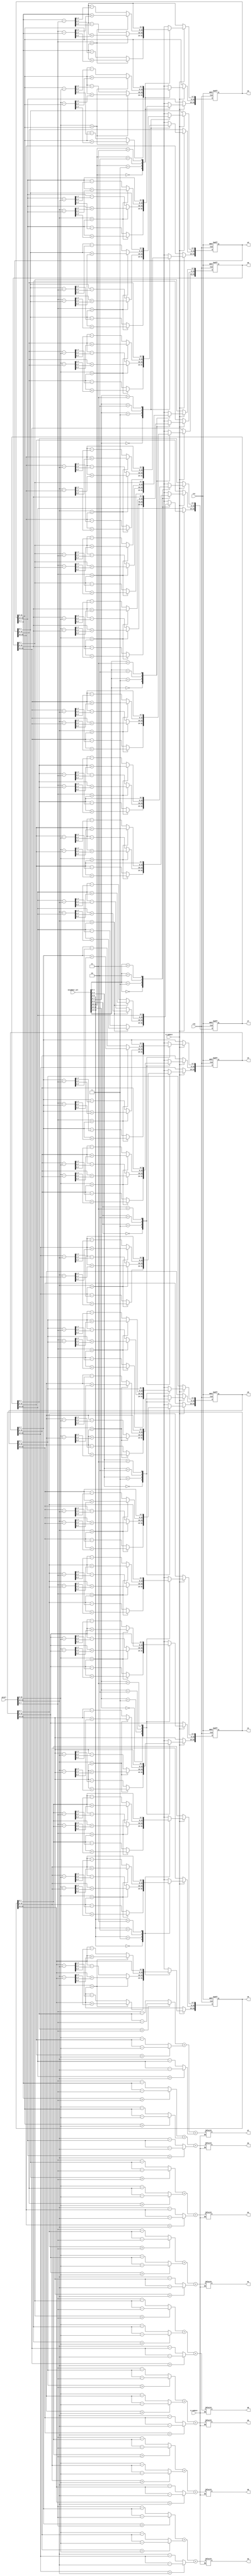
/////////////////////////////////////////////////////////////////////
// ---------------------- IVCAD 2022 Spring ---------------------- //
// ---------------------- Version : v.1.10  ---------------------- //
// ---------------------- Date : 2022.04.13 ---------------------- //
// ------------------------ VEP module --------------------------//
// ----------------- Feb. 2022 Willie authored --------------------//
/////////////////////////////////////////////////////////////////////

module VEP(clk, rst, W_update, D_update, neighbor_sel, pixel,
				d0, d1, d2, d3, d4, d5, d6, d7, w0, w1, w2, w3, w4, w5, w6, w7);

// ---------------------- input  ---------------------- //
	input clk; 
	input rst; 
	input W_update;
	input D_update;
	input [15:0] neighbor_sel; 
	input [23:0] pixel; 
	
// ---------------------- output  ---------------------- //
	output reg [10:0] d0;
	output reg [10:0] d1;
	output reg [10:0] d2;
	output reg [10:0] d3;
	output reg [10:0] d4;
	output reg [10:0] d5;
	output reg [10:0] d6;
	output reg [10:0] d7;
	output reg [23:0] w0;
	output reg [23:0] w1;
	output reg [23:0] w2;
	output reg [23:0] w3;
	output reg [23:0] w4;
	output reg [23:0] w5;
	output reg [23:0] w6;
	output reg [23:0] w7;
	
// ---------------------- Write down Your design below  ---------------------- //
reg [8:0] temp0,temp1,temp2,temp3,temp4,temp5,temp6,temp7,temp8,temp9,temp10,temp11,temp12,temp13,temp14,temp15,temp16,temp17,temp18,temp19,temp20,temp21,temp22,temp23;

always@(posedge clk or posedge rst)begin

	if(rst)begin
		w0 <= {8'd125, 8'd125, 8'd125};
		w1 <= {8'd125, 8'd125, 8'd125};
		w2 <= {8'd125, 8'd125, 8'd125};
		w3 <= {8'd125, 8'd125, 8'd125};
		w4 <= {8'd125, 8'd125, 8'd125};
		w5 <= {8'd125, 8'd125, 8'd125};
		w6 <= {8'd125, 8'd125, 8'd125};
		w7 <= {8'd125, 8'd125, 8'd125};
	end

    else begin
	    if(W_update) begin
			case(neighbor_sel[15:14]) //w0-pixel or pixel-wo wpixel
				2'b00 : begin 
					w0[7:0]   <= (pixel[7:0]  > w0[7:0])   ?  w0[7:0]   + ((pixel[7:0]-w0[7:0])  >> 2 )     :  w0[7:0] -  ((w0[7:0]-pixel[7:0])  >> 2);
					w0[15:8]  <= (pixel[15:8] > w0[15:8])  ?  w0[15:8]  + ((pixel[15:8]-w0[15:8])  >> 2 )   :  w0[15:8] - ((w0[15:8]-pixel[15:8])  >> 2);
					w0[23:16] <= (pixel[23:16] > w0[23:16])?  w0[23:16] + ((pixel[23:16]-w0[23:16])  >> 2 ) :  w0[23:16] - ((w0[23:16]-pixel[23:16])  >> 2);
				end
				2'b01 : begin 
					w0[7:0]   <= (pixel[7:0]  > w0[7:0])   ?  w0[7:0]   + ((pixel[7:0]-w0[7:0])  >> 4 )     :  w0[7:0] -  ((w0[7:0]-pixel[7:0])  >> 4);
					w0[15:8]  <= (pixel[15:8] > w0[15:8])  ?  w0[15:8]  + ((pixel[15:8]-w0[15:8])  >> 4 )   :  w0[15:8] - ((w0[15:8]-pixel[15:8])  >> 4);
					w0[23:16] <= (pixel[23:16] > w0[23:16])?  w0[23:16] + ((pixel[23:16]-w0[23:16])  >> 4 ) :  w0[23:16] - ((w0[23:16]-pixel[23:16])  >> 4);
				end
				2'b10 : begin 
					w0[7:0]   <= (pixel[7:0]  > w0[7:0])   ?  w0[7:0]   + ((pixel[7:0]-w0[7:0])  >> 5 )     :  w0[7:0] -  ((w0[7:0]-pixel[7:0])  >> 5);
					w0[15:8]  <= (pixel[15:8] > w0[15:8])  ?  w0[15:8]  + ((pixel[15:8]-w0[15:8])  >> 5)    :  w0[15:8] - ((w0[15:8]-pixel[15:8])  >> 5);
					w0[23:16] <= (pixel[23:16] > w0[23:16])?  w0[23:16] + ((pixel[23:16]-w0[23:16])  >> 5 ) :  w0[23:16] - ((w0[23:16]-pixel[23:16])  >> 5);
				end
				2'b11 : w0 <= w0 ;
			endcase
			case(neighbor_sel[13:12]) //signed or unsigned
				2'b00 : begin 
					w1[7:0]   <= (pixel[7:0]  > w1[7:0])   ?  w1[7:0]   + ((pixel[7:0]-w1[7:0])  >> 2 )     :  w1[7:0] -  ((w1[7:0]-pixel[7:0])  >> 2);
					w1[15:8]  <= (pixel[15:8] > w1[15:8])  ?  w1[15:8]  + ((pixel[15:8]-w1[15:8])  >> 2 )   :  w1[15:8] - ((w1[15:8]-pixel[15:8])  >> 2);
					w1[23:16] <= (pixel[23:16] > w1[23:16])?  w1[23:16] + ((pixel[23:16]-w1[23:16])  >> 2 ) :  w1[23:16] - ((w1[23:16]-pixel[23:16])  >> 2);
				end
				2'b01 : begin 
					w1[7:0]   <= (pixel[7:0]  > w1[7:0])   ?  w1[7:0]   + ((pixel[7:0]-w1[7:0])  >> 4 )     :  w1[7:0] -  ((w1[7:0]-pixel[7:0])  >> 4);
					w1[15:8]  <= (pixel[15:8] > w1[15:8])  ?  w1[15:8]  + ((pixel[15:8]-w1[15:8])  >> 4 )   :  w1[15:8] - ((w1[15:8]-pixel[15:8])  >> 4);
					w1[23:16] <= (pixel[23:16] > w1[23:16])?  w1[23:16] + ((pixel[23:16]-w1[23:16])  >> 4 ) :  w1[23:16] - ((w1[23:16]-pixel[23:16])  >> 4);
				end
				2'b10 : begin 
					w1[7:0]   <= (pixel[7:0]  > w1[7:0])   ?  w1[7:0]   + ((pixel[7:0]-w1[7:0])  >> 5 )     :  w1[7:0] -  ((w1[7:0]-pixel[7:0])  >> 5);
					w1[15:8]  <= (pixel[15:8] > w1[15:8])  ?  w1[15:8]  + ((pixel[15:8]-w1[15:8])  >> 5 )   :  w1[15:8] - ((w1[15:8]-pixel[15:8])  >> 5);
					w1[23:16] <= (pixel[23:16] > w1[23:16])?  w1[23:16] + ((pixel[23:16]-w1[23:16])  >> 5 ) :  w1[23:16] - ((w1[23:16]-pixel[23:16])  >> 5);
				end
				2'b11 : w1 <= w1 ;
			endcase
			case(neighbor_sel[11:10]) //signed or unsigned
				2'b00 : begin 
					w2[7:0]   <= (pixel[7:0]  > w2[7:0])   ?  w2[7:0]   + ((pixel[7:0]-w2[7:0])  >> 2 )     :  w2[7:0] -  ((w2[7:0]-pixel[7:0])  >> 2);
					w2[15:8]  <= (pixel[15:8] > w2[15:8])  ?  w2[15:8]  + ((pixel[15:8]-w2[15:8])  >> 2 )   :  w2[15:8] - ((w2[15:8]-pixel[15:8])  >> 2);
					w2[23:16] <= (pixel[23:16] > w2[23:16])?  w2[23:16] + ((pixel[23:16]-w2[23:16])  >> 2 ) :  w2[23:16] - ((w2[23:16]-pixel[23:16])  >> 2);
				end
				2'b01 : begin 
					w2[7:0]   <= (pixel[7:0]  > w2[7:0])   ?  w2[7:0]   + ((pixel[7:0]-w2[7:0])  >> 4 )     :  w2[7:0] -  ((w2[7:0]-pixel[7:0])  >> 4);
					w2[15:8]  <= (pixel[15:8] > w2[15:8])  ?  w2[15:8]  + ((pixel[15:8]-w2[15:8])  >> 4 )   :  w2[15:8] - ((w2[15:8]-pixel[15:8])  >> 4);
					w2[23:16] <= (pixel[23:16] > w2[23:16])?  w2[23:16] + ((pixel[23:16]-w2[23:16])  >> 4 ) :  w2[23:16] - ((w2[23:16]-pixel[23:16])  >> 4);
				end
				2'b10 : begin 
					w2[7:0]   <= (pixel[7:0]  > w2[7:0])   ?  w2[7:0]   + ((pixel[7:0]-w2[7:0])  >> 5 )     :  w2[7:0] -  ((w2[7:0]-pixel[7:0])  >> 5);
					w2[15:8]  <= (pixel[15:8] > w2[15:8])  ?  w2[15:8]  + ((pixel[15:8]-w2[15:8])  >> 5 )   :  w2[15:8] - ((w2[15:8]-pixel[15:8])  >> 5);
					w2[23:16] <= (pixel[23:16] > w2[23:16])?  w2[23:16] + ((pixel[23:16]-w2[23:16])  >> 5 ) :  w2[23:16] - ((w2[23:16]-pixel[23:16])  >> 5);
				end
				2'b11 : w2 <= w2 ;
			endcase
			case(neighbor_sel[9:8]) //signed or unsigned
				2'b00 : begin 
					w3[7:0]   <= (pixel[7:0]  > w3[7:0])   ?  w3[7:0]   + ((pixel[7:0]-w3[7:0])  >> 2 )     :  w3[7:0] -  ((w3[7:0]-pixel[7:0])  >> 2);
					w3[15:8]  <= (pixel[15:8] > w3[15:8])  ?  w3[15:8]  + ((pixel[15:8]-w3[15:8])  >> 2 )   :  w3[15:8] - ((w3[15:8]-pixel[15:8])  >> 2);
					w3[23:16] <= (pixel[23:16] > w3[23:16])?  w3[23:16] + ((pixel[23:16]-w3[23:16])  >> 2 ) :  w3[23:16] - ((w3[23:16]-pixel[23:16])  >> 2);
				end
				2'b01 : begin 
					w3[7:0]   <= (pixel[7:0]  > w3[7:0])   ?  w3[7:0]   + ((pixel[7:0]-w3[7:0])  >> 4 )     :  w3[7:0] -  ((w3[7:0]-pixel[7:0])  >> 4);
					w3[15:8]  <= (pixel[15:8] > w3[15:8])  ?  w3[15:8]  + ((pixel[15:8]-w3[15:8])  >> 4 )   :  w3[15:8] - ((w3[15:8]-pixel[15:8])  >> 4);
					w3[23:16] <= (pixel[23:16] > w3[23:16])?  w3[23:16] + ((pixel[23:16]-w3[23:16])  >> 4 ) :  w3[23:16] - ((w3[23:16]-pixel[23:16])  >> 4);
				end
				2'b10 : begin 
					w3[7:0]   <= (pixel[7:0]  > w3[7:0])   ?  w3[7:0]   + ((pixel[7:0]-w3[7:0])  >> 5 )     :  w3[7:0] -  ((w3[7:0]-pixel[7:0])  >> 5);
					w3[15:8]  <= (pixel[15:8] > w3[15:8])  ?  w3[15:8]  + ((pixel[15:8]-w3[15:8])  >> 5 )   :  w3[15:8] - ((w3[15:8]-pixel[15:8])  >> 5);
					w3[23:16] <= (pixel[23:16] > w3[23:16])?  w3[23:16] + ((pixel[23:16]-w3[23:16])  >> 5 ) :  w3[23:16] - ((w3[23:16]-pixel[23:16])  >> 5);
				end
				2'b11 : w3 <= w3 ;
			endcase
			case(neighbor_sel[7:6]) //signed or unsigned
				2'b00 : begin 
					w4[7:0]   <= (pixel[7:0]  > w4[7:0])   ?  w4[7:0]   + ((pixel[7:0]-w4[7:0])  >> 2 )     :  w4[7:0] -  ((w4[7:0]-pixel[7:0])  >> 2);
					w4[15:8]  <= (pixel[15:8] > w4[15:8])  ?  w4[15:8]  + ((pixel[15:8]-w4[15:8])  >> 2 )   :  w4[15:8] - ((w4[15:8]-pixel[15:8])  >> 2);
					w4[23:16] <= (pixel[23:16] > w4[23:16])?  w4[23:16] + ((pixel[23:16]-w4[23:16])  >> 2 ) :  w4[23:16] - ((w4[23:16]-pixel[23:16])  >> 2);
				end
				2'b01 : begin 
					w4[7:0]   <= (pixel[7:0]  > w4[7:0])   ?  w4[7:0]   + ((pixel[7:0]-w4[7:0])  >> 4 )     :  w4[7:0] -  ((w4[7:0]-pixel[7:0])  >> 4);
					w4[15:8]  <= (pixel[15:8] > w4[15:8])  ?  w4[15:8]  + ((pixel[15:8]-w4[15:8])  >> 4 )   :  w4[15:8] - ((w4[15:8]-pixel[15:8])  >> 4);
					w4[23:16] <= (pixel[23:16] > w4[23:16])?  w4[23:16] + ((pixel[23:16]-w4[23:16])  >> 4 ) :  w4[23:16] - ((w4[23:16]-pixel[23:16])  >> 4);
				end
				2'b10 : begin 
					w4[7:0]   <= (pixel[7:0]  > w4[7:0])   ?  w4[7:0]   + ((pixel[7:0]-w4[7:0])  >> 5 )     :  w4[7:0] -  ((w4[7:0]-pixel[7:0])  >> 5);
					w4[15:8]  <= (pixel[15:8] > w4[15:8])  ?  w4[15:8]  + ((pixel[15:8]-w4[15:8])  >> 5 )   :  w4[15:8] - ((w4[15:8]-pixel[15:8])  >> 5);
					w4[23:16] <= (pixel[23:16] > w4[23:16])?  w4[23:16] + ((pixel[23:16]-w4[23:16])  >> 5 ) :  w4[23:16] - ((w4[23:16]-pixel[23:16])  >> 5);
				end
				2'b11 : w4 <= w4 ;
			endcase
			case(neighbor_sel[5:4]) //signed or unsigned
				2'b00 : begin 
					w5[7:0]   <= (pixel[7:0]  > w5[7:0])   ?  w5[7:0]   + ((pixel[7:0]-w5[7:0])  >> 2 )     :  w5[7:0] -  ((w5[7:0]-pixel[7:0])  >> 2);
					w5[15:8]  <= (pixel[15:8] > w5[15:8])  ?  w5[15:8]  + ((pixel[15:8]-w5[15:8])  >> 2 )   :  w5[15:8] - ((w5[15:8]-pixel[15:8])  >> 2);
					w5[23:16] <= (pixel[23:16] > w5[23:16])?  w5[23:16] + ((pixel[23:16]-w5[23:16])  >> 2 ) :  w5[23:16] - ((w5[23:16]-pixel[23:16])  >> 2);
				end
				2'b01 : begin 
					w5[7:0]   <= (pixel[7:0]  > w5[7:0])   ?  w5[7:0]   + ((pixel[7:0]-w5[7:0])  >> 4 )     :  w5[7:0] -  ((w5[7:0]-pixel[7:0])  >> 4);
					w5[15:8]  <= (pixel[15:8] > w5[15:8])  ?  w5[15:8]  + ((pixel[15:8]-w5[15:8])  >> 4 )   :  w5[15:8] - ((w5[15:8]-pixel[15:8])  >> 4);
					w5[23:16] <= (pixel[23:16] > w5[23:16])?  w5[23:16] + ((pixel[23:16]-w5[23:16])  >> 4 ) :  w5[23:16] - ((w5[23:16]-pixel[23:16])  >> 4);
				end
				2'b10 : begin 
					w5[7:0]   <= (pixel[7:0]  > w5[7:0])   ?  w5[7:0]   + ((pixel[7:0]-w5[7:0])  >> 5 )     :  w5[7:0] -  ((w5[7:0]-pixel[7:0])  >> 5);
					w5[15:8]  <= (pixel[15:8] > w5[15:8])  ?  w5[15:8]  + ((pixel[15:8]-w5[15:8])  >> 5 )   :  w5[15:8] - ((w5[15:8]-pixel[15:8])  >> 5);
					w5[23:16] <= (pixel[23:16] > w5[23:16])?  w5[23:16] + ((pixel[23:16]-w5[23:16])  >> 5 ) :  w5[23:16] - ((w5[23:16]-pixel[23:16])  >> 5);
				end
				2'b11 : w5 <= w5 ;
			endcase
			case(neighbor_sel[3:2]) //signed or unsigned
				2'b00 : begin 
					w6[7:0]   <= (pixel[7:0]  > w6[7:0])   ?  w6[7:0]   + ((pixel[7:0]-w6[7:0])  >> 2 )     :  w6[7:0] -  ((w6[7:0]-pixel[7:0])  >> 2);
					w6[15:8]  <= (pixel[15:8] > w6[15:8])  ?  w6[15:8]  + ((pixel[15:8]-w6[15:8])  >> 2 )   :  w6[15:8] - ((w6[15:8]-pixel[15:8])  >> 2);
					w6[23:16] <= (pixel[23:16] > w6[23:16])?  w6[23:16] + ((pixel[23:16]-w6[23:16])  >> 2 ) :  w6[23:16] - ((w6[23:16]-pixel[23:16])  >> 2);
				end
				2'b01 : begin 
					w6[7:0]   <= (pixel[7:0]  > w6[7:0])   ?  w6[7:0]   + ((pixel[7:0]-w6[7:0])  >> 4 )     :  w6[7:0] -  ((w6[7:0]-pixel[7:0])  >> 4);
					w6[15:8]  <= (pixel[15:8] > w6[15:8])  ?  w6[15:8]  + ((pixel[15:8]-w6[15:8])  >> 4 )   :  w6[15:8] - ((w6[15:8]-pixel[15:8])  >> 4);
					w6[23:16] <= (pixel[23:16] > w6[23:16])?  w6[23:16] + ((pixel[23:16]-w6[23:16])  >> 4 ) :  w6[23:16] - ((w6[23:16]-pixel[23:16])  >> 4);
				end
				2'b10 : begin 
					w6[7:0]   <= (pixel[7:0]  > w6[7:0])   ?  w6[7:0]   + ((pixel[7:0]-w6[7:0])  >> 5 )     :  w6[7:0] -  ((w6[7:0]-pixel[7:0])  >> 5);
					w6[15:8]  <= (pixel[15:8] > w6[15:8])  ?  w6[15:8]  + ((pixel[15:8]-w6[15:8])  >> 5 )   :  w6[15:8] - ((w6[15:8]-pixel[15:8])  >> 5);
					w6[23:16] <= (pixel[23:16] > w6[23:16])?  w6[23:16] + ((pixel[23:16]-w6[23:16])  >> 5 ) :  w6[23:16] - ((w6[23:16]-pixel[23:16])  >> 5);
				end
				2'b11 : w6 <= w6 ;
			endcase
			case(neighbor_sel[1:0]) //signed or unsigned
				2'b00 : begin 
					w7[7:0]   <= (pixel[7:0]  > w7[7:0])   ?  w7[7:0]   + ((pixel[7:0]-w7[7:0])  >> 2 )     :  w7[7:0] -  ((w7[7:0]-pixel[7:0])  >> 2);
					w7[15:8]  <= (pixel[15:8] > w7[15:8])  ?  w7[15:8]  + ((pixel[15:8]-w7[15:8])  >> 2 )   :  w7[15:8] - ((w7[15:8]-pixel[15:8])  >> 2);
					w7[23:16] <= (pixel[23:16] > w7[23:16])?  w7[23:16] + ((pixel[23:16]-w7[23:16])  >> 2 ) :  w7[23:16] - ((w7[23:16]-pixel[23:16])  >> 2);
				end
				2'b01 : begin 
					w7[7:0]   <= (pixel[7:0]  > w7[7:0])   ?  w7[7:0]   + ((pixel[7:0]-w7[7:0])  >> 4 )     :  w7[7:0] -  ((w7[7:0]-pixel[7:0])  >> 4);
					w7[15:8]  <= (pixel[15:8] > w7[15:8])  ?  w7[15:8]  + ((pixel[15:8]-w7[15:8])  >> 4 )   :  w7[15:8] - ((w7[15:8]-pixel[15:8])  >> 4);
					w7[23:16] <= (pixel[23:16] > w7[23:16])?  w7[23:16] + ((pixel[23:16]-w7[23:16])  >> 4 ) :  w7[23:16] - ((w7[23:16]-pixel[23:16])  >> 4);
				end
				2'b10 : begin 
					w7[7:0]   <= (pixel[7:0]  > w7[7:0])   ?  w7[7:0]   + ((pixel[7:0]-w7[7:0])  >> 5 )     :  w7[7:0] -  ((w7[7:0]-pixel[7:0])  >> 5);
					w7[15:8]  <= (pixel[15:8] > w7[15:8])  ?  w7[15:8]  + ((pixel[15:8]-w7[15:8])  >> 5 )   :  w7[15:8] - ((w7[15:8]-pixel[15:8])  >> 5);
					w7[23:16] <= (pixel[23:16] > w7[23:16])?  w7[23:16] + ((pixel[23:16]-w7[23:16])  >> 5 ) :  w7[23:16] - ((w7[23:16]-pixel[23:16])  >> 5);
				end
				2'b11 : w7 <= w7 ;
			endcase
		end
    end
end

always@(*)begin

	if(D_update)begin

		temp0 = (w0[ 7: 0]>pixel[ 7: 0]) ?({ 3'd0, w0[ 7: 0] } - { 3'd0, pixel[ 7: 0] }): ({ 3'd0, pixel[ 7: 0] } - { 3'd0, w0[ 7: 0] });                                                               
		temp1 = (w0[15: 8]>pixel[15: 8]) ?({ 3'd0, w0[15: 8] } - { 3'd0, pixel[15: 8] }): ({ 3'd0, pixel[15: 8] } - { 3'd0, w0[15: 8] });                                                         
		temp2 = (w0[23:16]>pixel[23:16]) ?({ 3'd0, w0[23:16] } - { 3'd0, pixel[23:16] }): ({ 3'd0, pixel[23:16] } - { 3'd0, w0[23:16] });
        d0 = temp0 + temp1 + temp2;   

        temp3 = (w1[ 7: 0]>pixel[ 7: 0]) ?({ 3'd0, w1[ 7: 0] } - { 3'd0, pixel[ 7: 0] }): ({ 3'd0, pixel[ 7: 0] } - { 3'd0, w1[ 7: 0] });                                                               
		temp4 = (w1[15: 8]>pixel[15: 8]) ?({ 3'd0, w1[15: 8] } - { 3'd0, pixel[15: 8] }): ({ 3'd0, pixel[15: 8] } - { 3'd0, w1[15: 8] });                                                         
		temp5 = (w1[23:16]>pixel[23:16]) ?({ 3'd0, w1[23:16] } - { 3'd0, pixel[23:16] }): ({ 3'd0, pixel[23:16] } - { 3'd0, w1[23:16] });
        d1 = temp3 + temp4 + temp5;   

        temp6 = (w2[ 7: 0]>pixel[ 7: 0]) ?({ 3'd0, w2[ 7: 0] } - { 3'd0, pixel[ 7: 0] }): ({ 3'd0, pixel[ 7: 0] } - { 3'd0, w2[ 7: 0] });                                                               
		temp7 = (w2[15: 8]>pixel[15: 8]) ?({ 3'd0, w2[15: 8] } - { 3'd0, pixel[15: 8] }): ({ 3'd0, pixel[15: 8] } - { 3'd0, w2[15: 8] });                                                         
		temp8 = (w2[23:16]>pixel[23:16]) ?({ 3'd0, w2[23:16] } - { 3'd0, pixel[23:16] }): ({ 3'd0, pixel[23:16] } - { 3'd0, w2[23:16] });
        d2 = temp6 + temp7 + temp8;   

        temp9 =  (w3[ 7: 0]>pixel[ 7: 0]) ?({ 3'd0, w3[ 7: 0] } - { 3'd0, pixel[ 7: 0] }): ({ 3'd0, pixel[ 7: 0] } - { 3'd0, w3[ 7: 0] });                                                               
		temp10 = (w3[15: 8]>pixel[15: 8]) ?({ 3'd0, w3[15: 8] } - { 3'd0, pixel[15: 8] }): ({ 3'd0, pixel[15: 8] } - { 3'd0, w3[15: 8] });                                                         
		temp11 = (w3[23:16]>pixel[23:16]) ?({ 3'd0, w3[23:16] } - { 3'd0, pixel[23:16] }): ({ 3'd0, pixel[23:16] } - { 3'd0, w3[23:16] });
        d3 = temp9 + temp10 + temp11;   

        temp12 = (w4[ 7: 0]>pixel[ 7: 0]) ?({ 3'd0, w4[ 7: 0] } - { 3'd0, pixel[ 7: 0] }): ({ 3'd0, pixel[ 7: 0] } - { 3'd0, w4[ 7: 0] });                                                               
		temp13 = (w4[15: 8]>pixel[15: 8]) ?({ 3'd0, w4[15: 8] } - { 3'd0, pixel[15: 8] }): ({ 3'd0, pixel[15: 8] } - { 3'd0, w4[15: 8] });                                                         
		temp14 = (w4[23:16]>pixel[23:16]) ?({ 3'd0, w4[23:16] } - { 3'd0, pixel[23:16] }): ({ 3'd0, pixel[23:16] } - { 3'd0, w4[23:16] });
        d4 = temp12 + temp13 + temp14;   

        temp15 = (w5[ 7: 0]>pixel[ 7: 0]) ?({ 3'd0, w5[ 7: 0] } - { 3'd0, pixel[ 7: 0] }): ({ 3'd0, pixel[ 7: 0] } - { 3'd0, w5[ 7: 0] });                                                               
		temp16 = (w5[15: 8]>pixel[15: 8]) ?({ 3'd0, w5[15: 8] } - { 3'd0, pixel[15: 8] }): ({ 3'd0, pixel[15: 8] } - { 3'd0, w5[15: 8] });                                                         
		temp17 = (w5[23:16]>pixel[23:16]) ?({ 3'd0, w5[23:16] } - { 3'd0, pixel[23:16] }): ({ 3'd0, pixel[23:16] } - { 3'd0, w5[23:16] });
        d5 = temp15 + temp16 + temp17;   

        temp18 = (w6[ 7: 0]>pixel[ 7: 0]) ?({ 3'd0, w6[ 7: 0] } - { 3'd0, pixel[ 7: 0] }): ({ 3'd0, pixel[ 7: 0] } - { 3'd0, w6[ 7: 0] });                                                               
		temp19 = (w6[15: 8]>pixel[15: 8]) ?({ 3'd0, w6[15: 8] } - { 3'd0, pixel[15: 8] }): ({ 3'd0, pixel[15: 8] } - { 3'd0, w6[15: 8] });                                                         
		temp20 = (w6[23:16]>pixel[23:16]) ?({ 3'd0, w6[23:16] } - { 3'd0, pixel[23:16] }): ({ 3'd0, pixel[23:16] } - { 3'd0, w6[23:16] });
        d6 = temp18 + temp19 + temp20;   

        temp21 = (w7[ 7: 0]>pixel[ 7: 0]) ?({ 3'd0, w7[ 7: 0] } - { 3'd0, pixel[ 7: 0] }): ({ 3'd0, pixel[ 7: 0] } - { 3'd0, w7[ 7: 0] });                                                               
		temp22 = (w7[15: 8]>pixel[15: 8]) ?({ 3'd0, w7[15: 8] } - { 3'd0, pixel[15: 8] }): ({ 3'd0, pixel[15: 8] } - { 3'd0, w7[15: 8] });                                                         
		temp23 = (w7[23:16]>pixel[23:16]) ?({ 3'd0, w7[23:16] } - { 3'd0, pixel[23:16] }): ({ 3'd0, pixel[23:16] } - { 3'd0, w7[23:16] });
        d7 = temp21 + temp22 + temp23;                                	
	end
end


endmodule